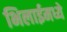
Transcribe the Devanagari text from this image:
भिलाईमध्ये